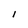
Character: l